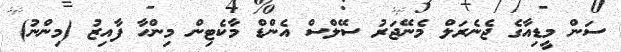
ސަން މީޑިއާގެ ޖެނެރަލް މެނޭޖަރު ސޭލްސް އެންޑް މާކެޓިން މިންހާ ފާއިޒު (މިންނު)